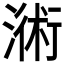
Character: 𣻚